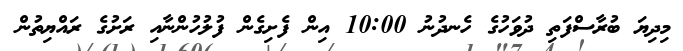
މިދިޔަ ބުރާސްފަތި ދުވަހުގެ ހެނދުނު 10:00 އިން ފެށިގެން ފުލުހުންނާއި ރަށުގެ ރައްޔިތުން